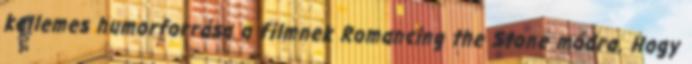
kellemes humorforrása a filmnek Romancing the Stone módra. Hogy